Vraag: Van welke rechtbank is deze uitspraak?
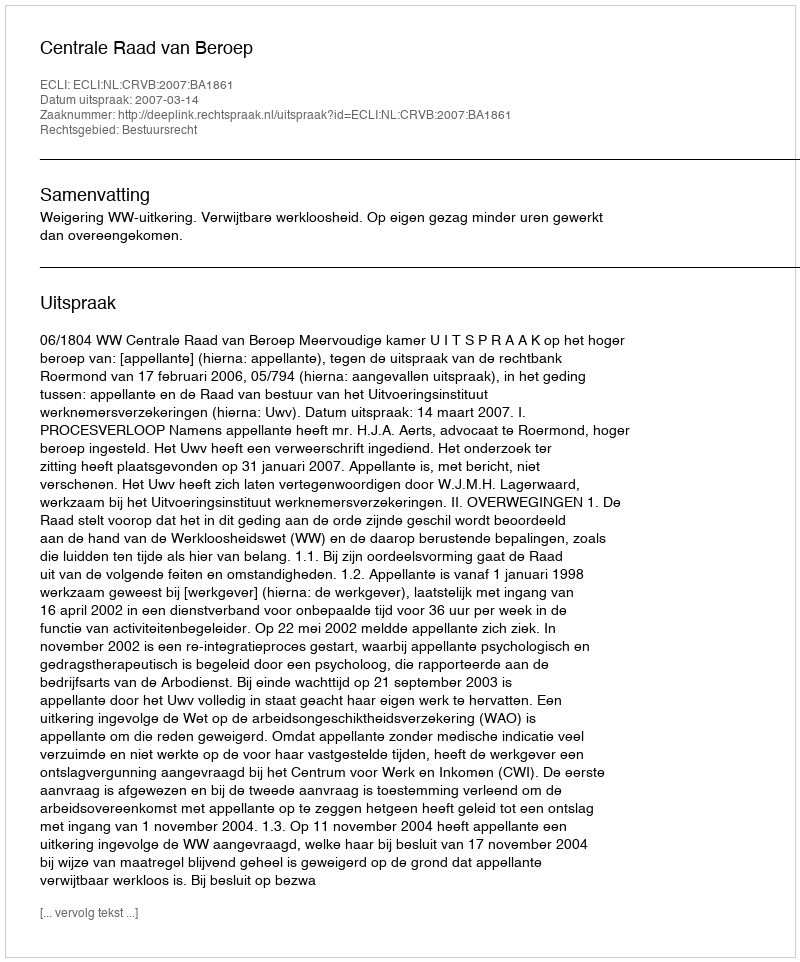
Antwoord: Centrale Raad van Beroep